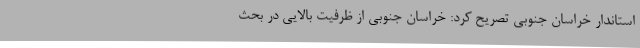
استاندار خراسان جنوبی تصریح کرد: خراسان جنوبی از ظرفیت بالایی در بحث